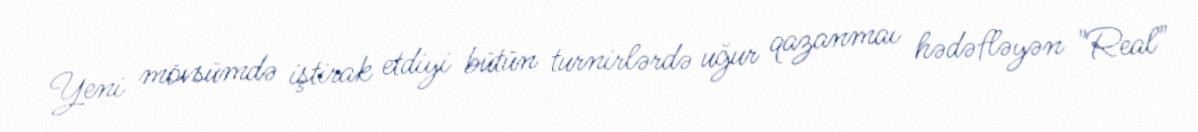
Yeni mövsümdə iştirak etdiyi bütün turnirlərdə uğur qazanmaı hədəfləyən "Real"